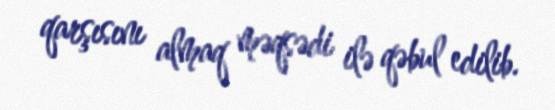
qarşısını almaq məqsədi ilə qəbul edilib.